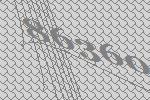
86360